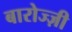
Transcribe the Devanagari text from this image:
बारोज्ज़ी